Report on the lunatic asylums under the Government of Bombay - 1904-1913
Year: 1904
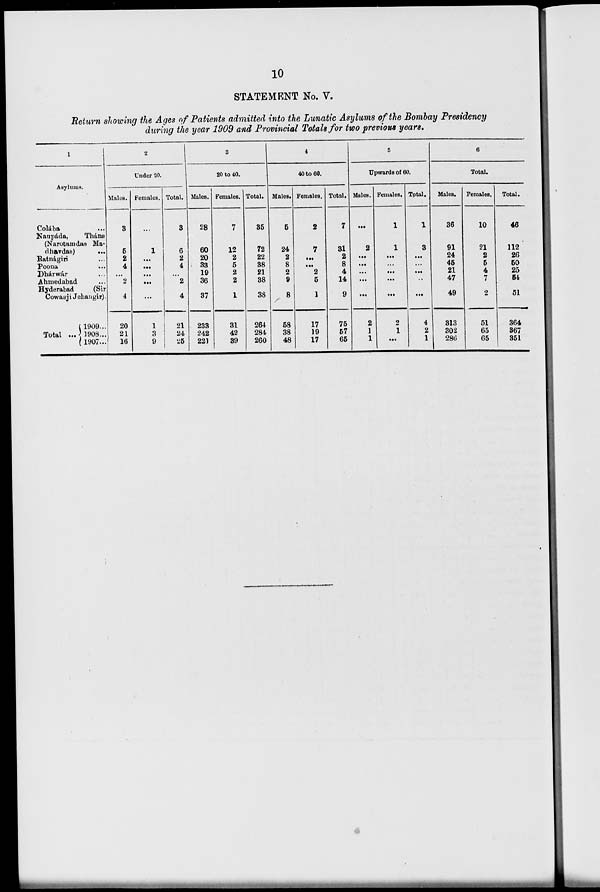
10
STATEMENT No. V.
Return showing the Ages of Patients admitted into the Lunatic Asylums of the Bombay Presidency
during the year 1909 and Provincial Totals for two previous years.
1
Asylums.
Colába ...
Naupáda,
Thána
(Narotamdas Ma-
-havdas) ...
Ratnágiri ...
Poona
...
Dhárwár ...
Ahmedabad ...
Hyderabad
(Sir
Cowasji Jehangir).
Total ...
1909...
1908 ...
1907 ...
2
Under 20.
Males.
3
5
2
4
...
2
4
20
21
16
Females.
...
1
...
...
...
...
...
1
3
9
Total.
3
6
2
4
...
2
4
21
24
25
3
20 to 40.
Males.
28
60
20
33
19
36
37
233
242
221
Females.
7
12
2
5
2
2
1
31
42
39
Total.
35
72
22
38
21
38
38
264
284
260
4
40 to 60.
Males.
5
24
2
8
2
9
8
58
38
48
Females.
2
7
...
...
2
5
1
17
19
17
Total.
7
31
2
8
4
14
9
75
57
65
5
Upwards of 60.
Males.
...
2
...
...
...
...
...
2
1
1
Females.
1
1
...
...
...
...
...
2
1
...
Total.
1
3
...
...
...
...
...
4
2
1
6
Total.
Males.
36
91
24
45
21
47
49
313
302
286
Females.
10
21
2
5
4
7
2
51
65
65
Total.
46
112
26
50
25
54
51
364
367
351